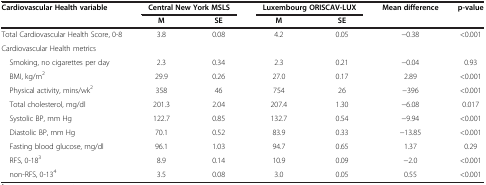
<table><thead><tr><td><b>Cardiovascular Health variable</b></td><td colspan="2"><b>Central New York MSLS</b></td><td colspan="2"><b>Luxembourg ORISCAV-LUX</b></td><td><b>Mean difference</b></td><td><b>p-value</b></td></tr><tr><td><b> </b></td><td><b>M</b></td><td><b>SE</b></td><td><b>M</b></td><td><b>SE</b></td><td><b> </b></td><td><b> </b></td></tr></thead><tbody><tr><td>Total Cardiovascular Health Score, 0-8</td><td>3.8</td><td>0.08</td><td>4.2</td><td>0.05</td><td>−0.38</td><td>&lt;0.001</td></tr><tr><td>Cardiovascular Health metrics</td><td> </td><td> </td><td> </td><td> </td><td> </td><td> </td></tr><tr><td> Smoking, no cigarettes per day</td><td>2.3</td><td>0.34</td><td>2.3</td><td>0.21</td><td>−0.04</td><td>0.93</td></tr><tr><td> BMI, kg/m<sup>2</sup></td><td>29.9</td><td>0.26</td><td>27.0</td><td>0.17</td><td>2.89</td><td>&lt;0.001</td></tr><tr><td> Physical activity, mins/wk<sup>2</sup></td><td>358</td><td>46</td><td>754</td><td>26</td><td>−396</td><td>&lt;0.001</td></tr><tr><td> Total cholesterol, mg/dl</td><td>201.3</td><td>2.04</td><td>207.4</td><td>1.30</td><td>−6.08</td><td>0.017</td></tr><tr><td> Systolic BP, mm Hg</td><td>122.7</td><td>0.85</td><td>132.7</td><td>0.54</td><td>−9.94</td><td>&lt;0.001</td></tr><tr><td> Diastolic BP, mm Hg</td><td>70.1</td><td>0.52</td><td>83.9</td><td>0.33</td><td>−13.85</td><td>&lt;0.001</td></tr><tr><td> Fasting blood glucose, mg/dl</td><td>96.1</td><td>1.03</td><td>94.7</td><td>0.65</td><td>1.37</td><td>0.29</td></tr><tr><td> RFS, 0-18<sup>3</sup></td><td>8.9</td><td>0.14</td><td>10.9</td><td>0.09</td><td>−2.0</td><td>&lt;0.001</td></tr><tr><td> non-RFS, 0-13<sup>4</sup></td><td>3.5</td><td>0.08</td><td>3.0</td><td>0.05</td><td>0.55</td><td>&lt;0.001</td></tr></tbody></table>